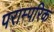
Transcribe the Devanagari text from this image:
पराम्परिक